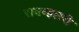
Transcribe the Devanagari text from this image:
रायव्हलरी